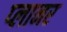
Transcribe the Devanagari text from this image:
प्‍लानर